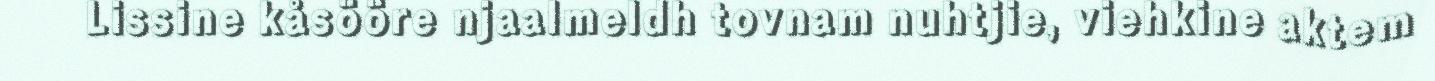
Lissine kåsööre njaalmeldh tovnam nuhtjie, viehkine aktem